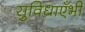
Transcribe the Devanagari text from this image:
सुविधाएँभी